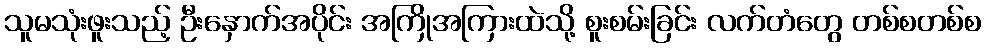
သူမသုံးဖူးသည့် ဦးနှောက်အပိုင်း အကြိုအကြားထဲသို့ စူးစမ်းခြင်း လက်တံတွေ တစ်စတစ်စ